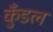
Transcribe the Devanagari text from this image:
कुँडल